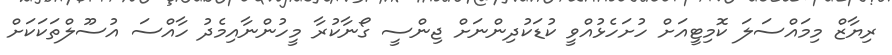
ރިޔާޒް މިމައްސަލަ ކޮމިޓީއަށް ހުށަހެޅުއްވީ ކުޑަކުދިންނަށް ޖިންސީ ގޯނާކުރާ މީހުންނާއިމެދު ހާއްސަ އުސޫލްތަކަކަށް